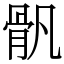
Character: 骪